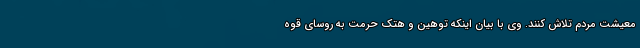
معیشت مردم تلاش کنند. وی با بیان اینکه توهین و هتک حرمت به روسای قوه